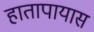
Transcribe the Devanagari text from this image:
हातापायास